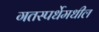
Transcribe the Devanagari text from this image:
गतस्पर्धेमधील